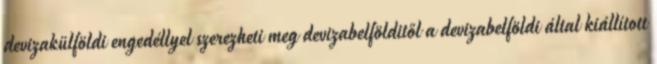
devizakülföldi engedéllyel szerezheti meg devizabelfölditől a devizabelföldi által kiállított